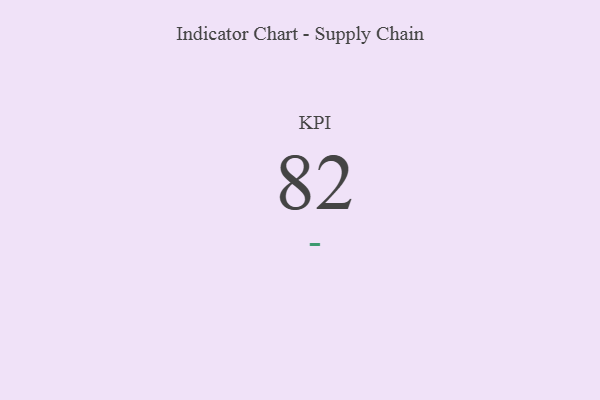
{"axis": {"x": "KPI", "y": "Value"}, "legend": [""], "data": [{"x": "KPI", "y": 82, "type": ""}]}